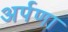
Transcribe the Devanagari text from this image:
अर्पणा